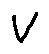
V